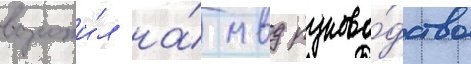
возложи́л на́ мвд руково́дство